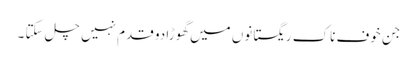
جن خوف ناک ریگستانوں میں گھوڑا دو قدم نہیں چل سکتا ۔